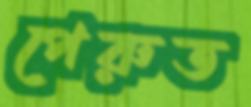
পেরুত